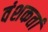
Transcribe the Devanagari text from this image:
वंशकर्ता